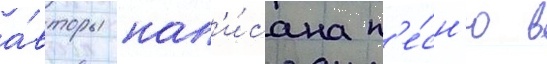
а́вторы нап'и́сана п'е́сн'ю в